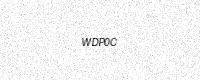
Text: WDP0C